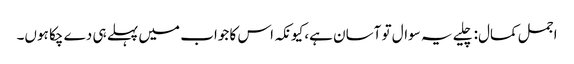
اجمل کمال:چلیے یہ سوال تو آسان ہے، کیونکہ اس کا جواب میں پہلے ہی دے چکا ہوں۔